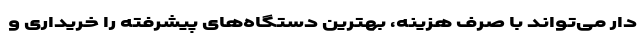
دار می‌تواند با صرف هزینه، بهترین دستگاه‌های پیشرفته را خریداری و